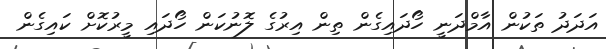
އަދަދު ތަކުން އާމްދަނީ ހޯދައިގެން ތިން އިރުގެ ލޮނުކަން ހޯދައި މީރުކޮށް ކައިގެން